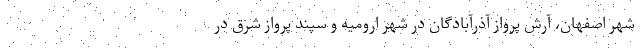
شهر اصفهان، آرش پرواز آذرآبادگان در شهر ارومیه و سپند پرواز شرق در